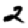
Digit: 2